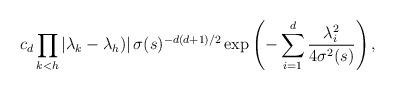
LaTeX: \begin{align*}c_{d}\prod_{k<h}\left\vert \lambda_{k}-\lambda_{h})\right\vert \sigma(s)^{-d(d+1)/2}\exp\left( -\sum_{i=1}^{d}\frac{\lambda_{i}^{2}}{4\sigma^{2}(s)}\right) , \end{align*}